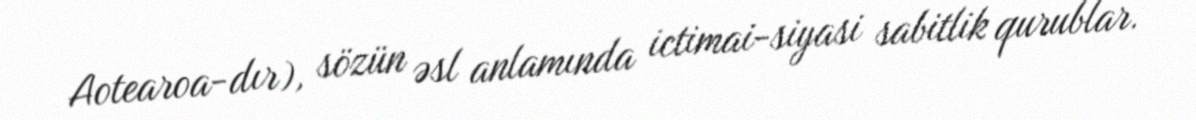
Aotearoa-dır), sözün əsl anlamında ictimai-siyasi sabitlik qurublar.